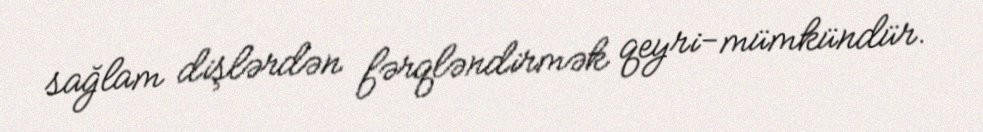
sağlam dişlərdən fərqləndirmək qeyri-mümkündür.